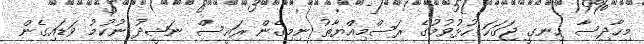
މިހާދިސާ ހިނގީ ޖަގަހަ ހުޅުވުމުގެ ރަސްމިއްޔާތު ނިމިގެން ރައީސް ނަޝީދު ނުކުމު ވަޑައިގެން